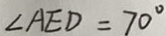
\angle A E D = 7 0 ^ { \circ }